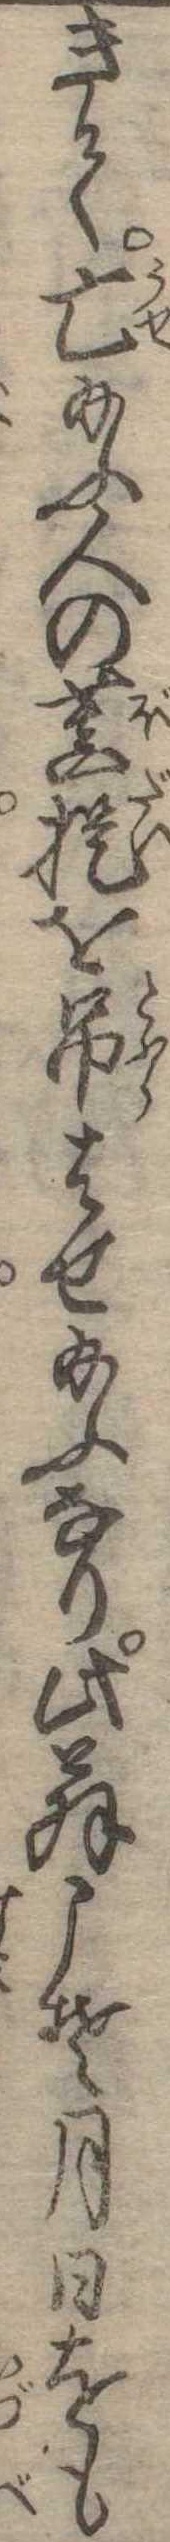
きて亡給ふ人の菩提を吊はせ給ふなり此翁こそ月日をも